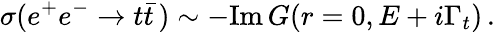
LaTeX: \sigma(e^{+}e^{-}\to t\bar{t}\, )\sim-\mathrm{Im}\, G(r=0,E+i\Gamma_{t})\, .